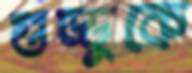
গুড্ডুকে